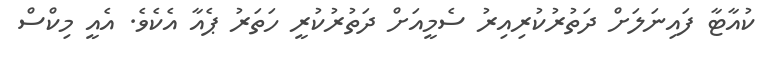
ކުއާޓާ ފައިނަލަށް ދަތުރުކުރިއިރު ސެމީއަށް ދަތުރުކުރީ ހަތަރު ޕެއާ އެކެވެ. އެއީ މިކްސް